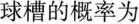
球槽的概率为